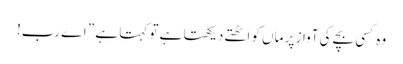
وہ کسی بچے کی آواز پر ماں کو اٹھتے دیکھتا ہے تو کہتا ہے ” اے رب!